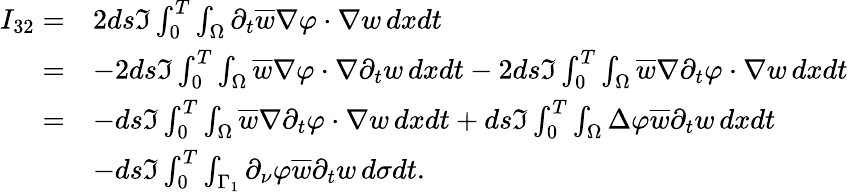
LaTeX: \begin{array}{rl}{I_{32}=}&{2ds\Im\int_{0}^{T}\int_{\Omega}\partial_{t}\overline{w}\nabla\varphi\cdot\nabla{w}\, dxdt}\\ {=}&{-2ds\Im\int_{0}^{T}\int_{\Omega}\overline{{w}}\nabla\varphi\cdot\nabla\partial_{t}w\, dxdt-2ds\Im\int_{0}^{T}\int_{\Omega}\overline{{w}}\nabla\partial_{t}\varphi\cdot\nabla w\, dxdt}\\ {=}&{-ds\Im\int_{0}^{T}\int_{\Omega}\overline{{w}}\nabla\partial_{t}\varphi\cdot\nabla w\, dxdt+ds\Im\int_{0}^{T}\int_{\Omega}\Delta\varphi\overline{{w}}\partial_{t}w\, dxdt}\\ &{-ds\Im\int_{0}^{T}\int_{\Gamma_{1}}\partial_{\nu}\varphi\overline{{w}}\partial_{t}w\, d\sigma dt.}\end{array}